Annual report of the Central Committee of the Association together with the report of the directors of the Pasteur Institute at Kasauli
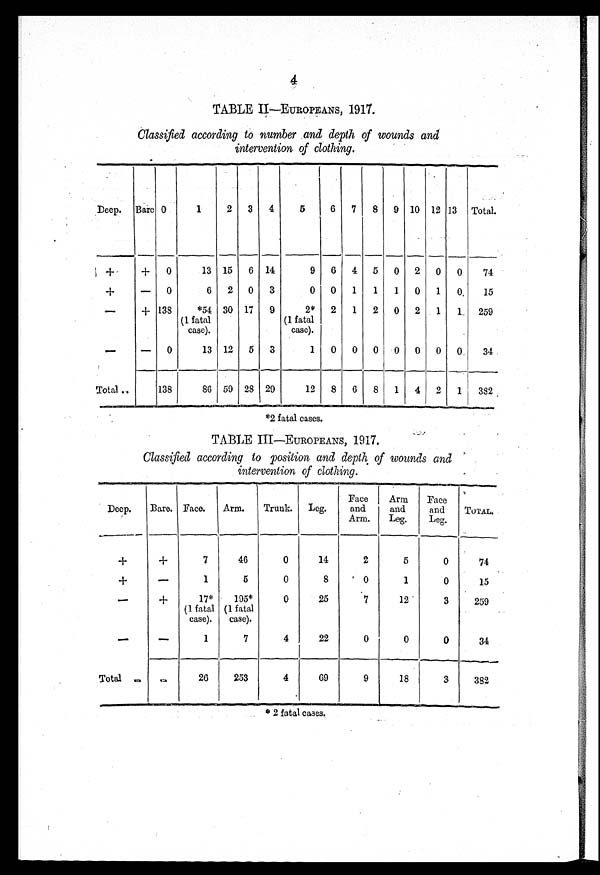
4
TABLE II—EUROPEANS, 1917.
Classified according to number and depth of wounds and
intervention of clothing.
Deep. Bare 0
1
2 3 4
5
6 7 8 9 10 12 13 Total.
+
+ 0
13 15 6 14
9 6 4 5 0 2 0 0
74
+
—
0
6 2 0 3
0 0
1
1
1 0
1 0
15
—
+ 138
*54
(1 fatal
case).
30 17 9
2*
(1 fatal
case).
2
1 2 0 2
1
1 259
—
—
0
13 12 5 3
1 0 0 0 0 0 0 0
34
Total
138
86 59 28 29
12 8 6 8 1 4 2
1 382
*2 fatal cases.
TABLE III—EUROPEANS, 1917.
Classified according to position and depth of wounds and
intervention of clothing.
Deep.
Bare. Face.
Arm.
Trunk. Leg.
Face
and
Arm.
Arm
and
Leg.
Face
and
Leg.
TOTAL.
+
+
7
46
0
14
2
5
0
74
+
—
1
5
0
8
0
1
0
15
—
+
17*
(1 fatal
case).
195*
(1 fatal
case).
0
25
7
1 2
3
259
—
—
1
7
4
22
0
0
0
34
Total
-
26
253
4
69
9
1 8
3
382
* 2 fatal cases.